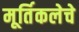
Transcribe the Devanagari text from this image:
मूर्तिकलेचे